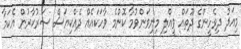
މިއަދު ދިވެހީންގެ ދޫތައް ވީއްލި މިނިވަންވުމާ ކޮންމެ ވާހަކައެއް ދެއްކިޔަސް ސަރުކާރުން އެކަމާ